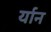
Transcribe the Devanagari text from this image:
र्यान